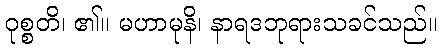
ဝုစ္စတိ၊ ၏။ မဟာမုနိ၊ နာရဒဘုရားသခင်သည်။